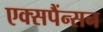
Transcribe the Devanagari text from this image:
एक्सपैंन्सन